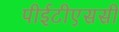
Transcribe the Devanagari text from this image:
पीईटीएससी